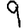
Digit: 9